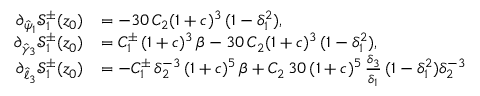
\begin{array} { r l } { \partial _ { \hat { \psi } _ { 1 } } \mathcal { S } _ { 1 } ^ { \pm } ( z _ { 0 } ) } & { = - 3 0 \, C _ { 2 } ( 1 + c ) ^ { 3 } \, ( 1 - \delta _ { 1 } ^ { 2 } ) , } \\ { \partial _ { \hat { \gamma } _ { 3 } } \mathcal { S } _ { 1 } ^ { \pm } ( z _ { 0 } ) } & { = C _ { 1 } ^ { \pm } \, ( 1 + c ) ^ { 3 } \, \beta - 3 0 \, C _ { 2 } ( 1 + c ) ^ { 3 } \, ( 1 - \delta _ { 1 } ^ { 2 } ) , } \\ { \partial _ { \hat { \ell } _ { 3 } } \mathcal { S } _ { 1 } ^ { \pm } ( z _ { 0 } ) } & { = - C _ { 1 } ^ { \pm } \, \delta _ { 2 } ^ { - 3 } \, ( 1 + c ) ^ { 5 } \, \beta + C _ { 2 } \, 3 0 \, ( 1 + c ) ^ { 5 } \, \frac { \delta _ { 3 } } { \delta _ { 1 } } \, ( 1 - \delta _ { 1 } ^ { 2 } ) \delta _ { 2 } ^ { - 3 } } \end{array}